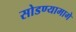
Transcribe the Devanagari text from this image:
सोडण्यामागे